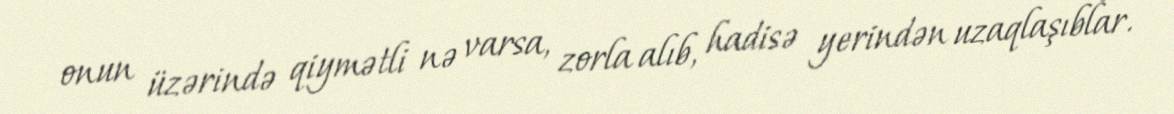
onun üzərində qiymətli nə varsa, zorla alıb, hadisə yerindən uzaqlaşıblar.